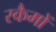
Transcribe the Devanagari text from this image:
स्कैमों